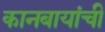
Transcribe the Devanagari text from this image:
कानबायांची